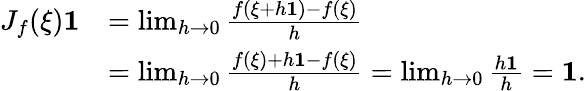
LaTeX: \begin{array}{rl}{J_{f}(\xi)\mathbf{1}}&{=\operatorname*{lim}_{h\rightarrow 0}\frac{f(\xi+h\mathbf{1})-f(\xi)}{h}}\\ &{=\operatorname*{lim}_{h\rightarrow 0}\frac{f(\xi)+h\mathbf{1}-f(\xi)}{h}=\operatorname*{lim}_{h\rightarrow 0}\frac{h\mathbf{1}}{h}=\mathbf{1}.}\end{array}